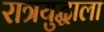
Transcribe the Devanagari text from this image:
रात्रयुद्धाला